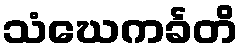
သံဃေကင်္ခတိ